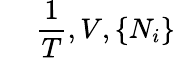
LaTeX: ~~~~~{\frac{1}{T}},V,\{ N_{i}\}